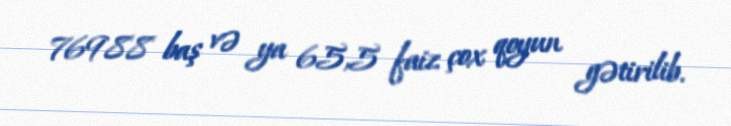
76988 baş və ya 65,5 faiz çox qoyun gətirilib.